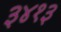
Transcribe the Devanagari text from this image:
३४१३